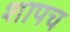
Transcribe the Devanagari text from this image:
शापच